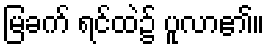
မြခက် ရင်ထဲ၌ ပူလာ၏။